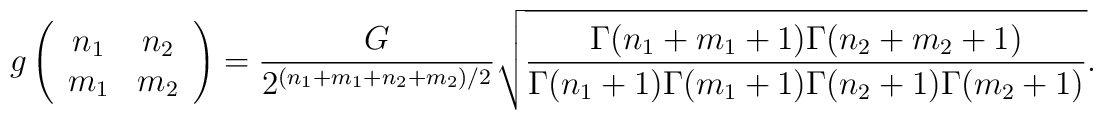
g\left(\begin{array}{cc}             n_1 & n_2 \\             m_1 & m_2       \end{array}\right)=\frac{G}{2^{(n_1+m_1+n_2+m_2)/2}}\sqrt{\frac{ \Gamma(n_1+m_1+1)\Gamma(n_2+m_2+1)}{\Gamma(n_1+1)\Gamma(m_1+1)\Gamma(n_2+1)\Gamma(m_2+1)}}.